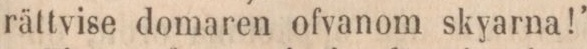
rättvise domaren ofvanom skyarna!”